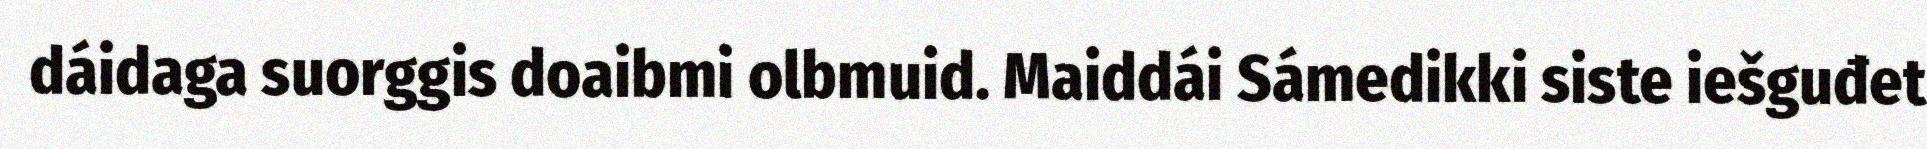
dáidaga suorggis doaibmi olbmuid. Maiddái Sámedikki siste iešguđet